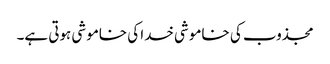
مجذوب کی خاموشی خدا کی خاموشی ہوتی ہے۔